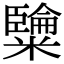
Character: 𥽐